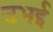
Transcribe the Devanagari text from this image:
उभई